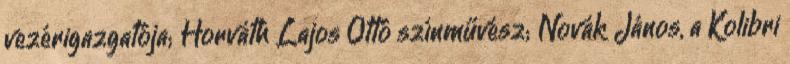
vezérigazgatója; Horváth Lajos Ottó színművész; Novák János, a Kolibri